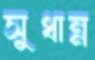
সুধান্ন